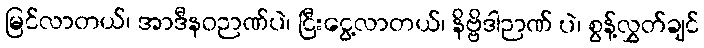
မြင်လာတယ်၊ အာဒီနဝဉာဏ်ပဲ၊ ငြီးငွေ့လာတယ်၊ နိဗ္ဗိဒါဉာဏ် ပဲ၊ စွန့်လွှတ်ချင်